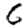
Digit: 6